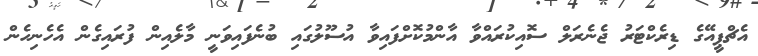
އެޗްޕީއޭގެ ޑިރެކްޓަރު ޖެނެރަލް ސޮއިކުރައްވާ އާންމުކޮށްފައިވާ އުސޫލުގައި ބުނެފައިވަނީ މާލެއިން ފުރައިގެން އެހެނިހެން